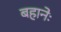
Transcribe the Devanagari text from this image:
बहानेः